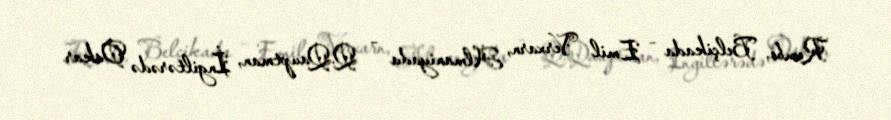
Rembo, Belçikada – Emil Verxarn, Almaniyada – Q.Qauptman, İngiltərədə Oskar